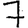
Digit: 7